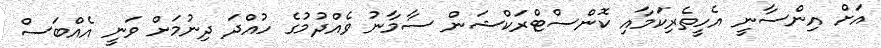
އަށް އިންސާނީ އެހީތެރިކަމާއި ކޮންސްޓްރަކްޝަން ސާމާނު ވެއްދުމުގެ ހުއްދަ ދިނުމަށް ވަނީ އެއްބަސް